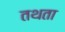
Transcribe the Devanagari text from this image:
तथता